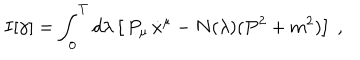
LaTeX: I [ \gamma ] = \int _ { 0 } ^ { T } d \lambda \left[ \, P _ { \mu } \, \dot { x } ^ { \mu } - N ( \lambda ) ( P ^ { 2 } + m ^ { 2 } ) \right] \ ,